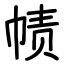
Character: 帻